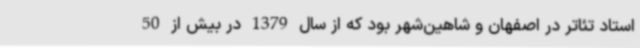
استاد تئاتر در اصفهان و شاهین‌شهر بود که از سال 1379 در بیش از 50